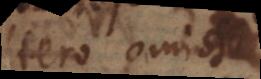
altero omisso